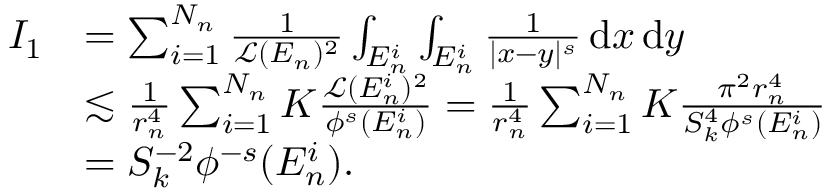
\begin{array} { r l } { I _ { 1 } } & { = \sum _ { i = 1 } ^ { N _ { n } } \frac { 1 } { \mathcal L ( E _ { n } ) ^ { 2 } } \int _ { E _ { n } ^ { i } } \int _ { E _ { n } ^ { i } } \frac { 1 } { | x - y | ^ { s } } \, \mathrm { d } x \, \mathrm { d } y } \\ & { \lesssim \frac { 1 } { r _ { n } ^ { 4 } } \sum _ { i = 1 } ^ { N _ { n } } K \frac { \mathcal L ( E _ { n } ^ { i } ) ^ { 2 } } { \phi ^ { s } ( E _ { n } ^ { i } ) } = \frac { 1 } { r _ { n } ^ { 4 } } \sum _ { i = 1 } ^ { N _ { n } } K \frac { \pi ^ { 2 } r _ { n } ^ { 4 } } { S _ { k } ^ { 4 } \phi ^ { s } ( E _ { n } ^ { i } ) } } \\ & { = S _ { k } ^ { - 2 } \phi ^ { - s } ( E _ { n } ^ { i } ) . } \end{array}